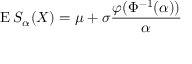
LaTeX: \operatorname { E } S _ { \alpha } ( X ) = \mu + \sigma { \frac { \varphi ( \Phi ^ { - 1 } ( \alpha ) ) } { \alpha } }